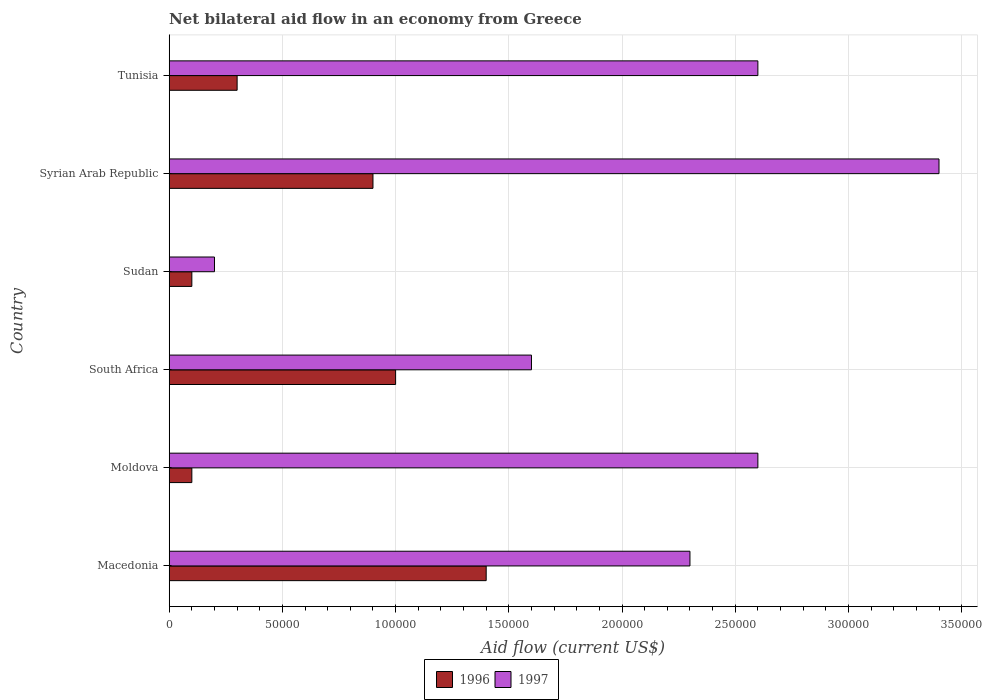
| Country | 1996 | 1997 |
 | --- | --- | --- |
 | Macedonia | 1.4e+05 | 2.3e+05 |
 | Moldova | 1e+04 | 2.6e+05 |
 | South Africa | 1e+05 | 1.6e+05 |
 | Sudan | 1e+04 | 2e+04 |
 | Syrian Arab Republic | 9e+04 | 3.4e+05 |
 | Tunisia | 3e+04 | 2.6e+05 |